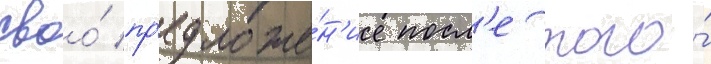
своо́ пр'едложе́н'ие посл'е того́